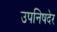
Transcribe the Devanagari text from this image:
उपनिषदेर